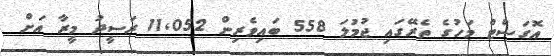
އޮގަސްޓް މަހުގެ ތެރޭގައި ޖުމުލަ 558 ބައިވެރިން 11